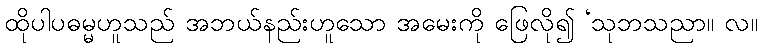
ထိုပါပဓမ္မဟူသည် အဘယ်နည်းဟူသော အမေးကို ဖြေလို၍ ‘သုဘသညာ။ လ။